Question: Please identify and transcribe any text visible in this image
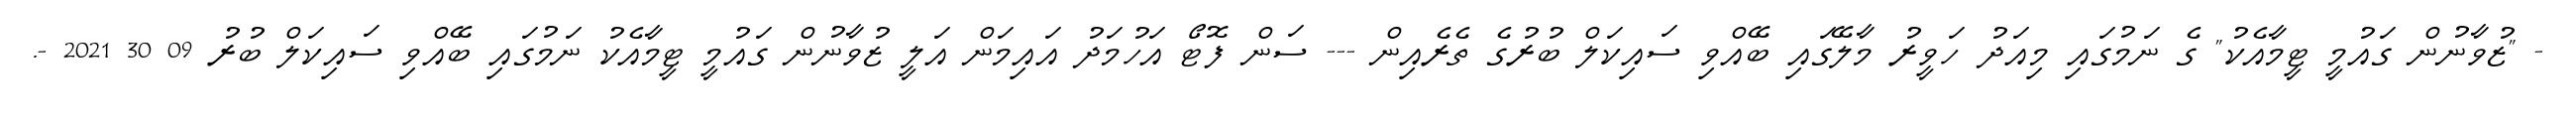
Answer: - "ޒުވާނުން ގައުމީ ޓީމާއެކު" ގެ ނަމުގައި މިއަދު ހަވީރު މާލޭގައި ބޭއްވި ސައިކަލް ބުރުގެ ތެރެއިން --- ސަން ފޮޓޯ އަހުމަދު އައިމަން އަލީ ޒުވާނުން ގައުމީ ޓީމާއެކު ނަމުގައި ބޭއްވި ސައިކަލް ބުރު 09 30 2021 -.